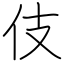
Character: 伎